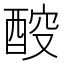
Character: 𰼇